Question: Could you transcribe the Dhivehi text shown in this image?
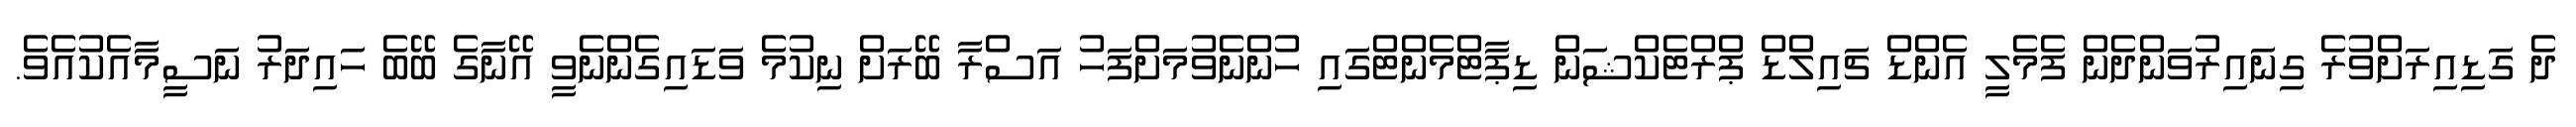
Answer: ދެ ގަޑިއިރަށްވުރެ ގިނައިރުވަންދެން ފެމެލީ އެންޑް ޗައިލްޑް ޕްރްޓެކްޝަން ޑިޕާޓްމެންޓްގައި ހުންނެވުމަށްފަހު އަސްރާ ބޭރަށް ނިކުމެ ވަޑައިގެންނެވީ އޭނާގެ ބޭބެ ހައިދަރު ނަސީމާއެކުއެވެ.